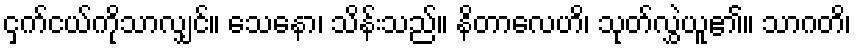
ငှက်ငယ်ကိုသာလျှင်။ သေနော၊ သိန်းသည်။ နိတာလေဟိ၊ သုတ်လွှဲယူ၏။ သာဂတိ၊